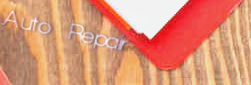
Auto Repair